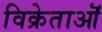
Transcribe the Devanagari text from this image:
विक्रेताऒं